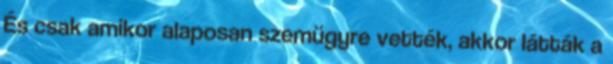
És csak amikor alaposan szemügyre vették, akkor látták a